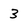
Character: 3